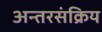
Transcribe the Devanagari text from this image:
अन्तरसंक्रिय